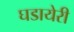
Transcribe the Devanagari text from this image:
घडायेरी